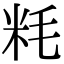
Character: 粍